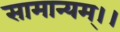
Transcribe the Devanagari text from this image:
सामान्यम्।।